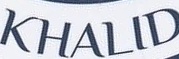
KHALID